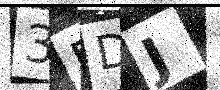
Text: 3BDJ